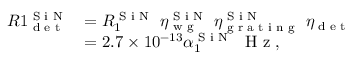
\begin{array} { r l } { R 1 _ { \textrm { d e t } } ^ { \textrm { S i N } } } & { = R _ { 1 } ^ { \textrm { S i N } } \ \eta _ { \textrm { w g } } ^ { \textrm { S i N } } \ \eta _ { \textrm { g r a t i n g } } ^ { \textrm { S i N } } \ \eta _ { \textrm { d e t } } } \\ & { = 2 . 7 \times 1 0 ^ { - 1 3 } \alpha _ { 1 } ^ { \textrm { S i N } } \ \textrm { H z } , } \end{array}